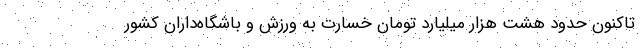
تاکنون حدود هشت هزار میلیارد تومان خسارت به ورزش و باشگاه‌داران کشور